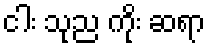
ငါး သုည ကိုး ဆရာ